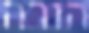
הורה